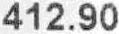
412.90